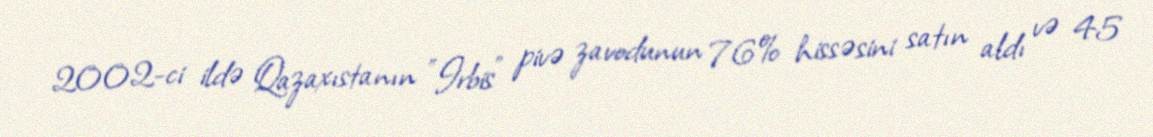
2002-ci ildə Qazaxıstanın "Irbis" pivə zavodunun 76% hissəsini satın aldı və 45